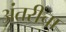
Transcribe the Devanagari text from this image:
अंतरीचा